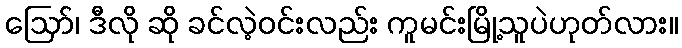
ဪ၊ ဒီလို ဆို ခင်လဲ့ဝင်းလည်း ကူမင်းမြို့သူပဲဟုတ်လား။